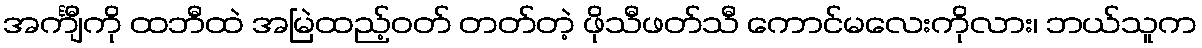
အင်္ကျီကို ထဘီထဲ အမြဲထည့်ဝတ် တတ်တဲ့ ဖိုသီဖတ်သီ ကောင်မလေးကိုလား၊ ဘယ်သူက